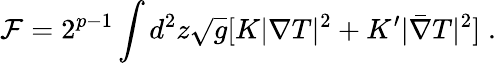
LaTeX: \mathcal F=2^{p-1}\int d^{2}z\sqrt{g}[K|\nabla T|^{2}+K^{\prime}|\bar{\nabla}T|^{2}]\; .